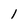
Character: 1